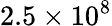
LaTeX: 2.5\times 10^{8}